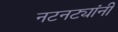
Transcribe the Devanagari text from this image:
नटनट्यांनी